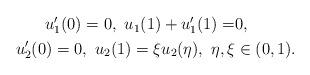
LaTeX: \begin{align*}\begin{aligned}u_1'(0)=0,\ u_1(1)+u_1'(1)=&0,\\u_2'(0)=0,\ u_2(1)=\xi u_2(\eta),\ \eta,\xi &\in (0,1). \end{aligned}\end{align*}